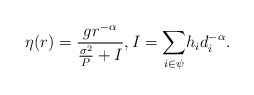
\begin{align*} \eta(r)=\frac{gr^{-\alpha}}{\frac{\sigma^2}{P} + I}, I=\underset{i \in \psi}\sum h_i d_i^{-\alpha}. \end{align*}